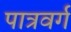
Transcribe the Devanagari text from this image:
पात्रवर्ग